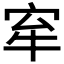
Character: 𡧷